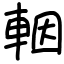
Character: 𨋳